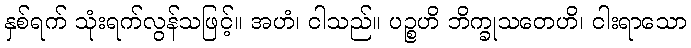
နှစ်ရက် သုံးရက်လွန်သဖြင့်။ အဟံ၊ ငါသည်။ ပဉ္စဟိ ဘိက္ခုသတေဟိ၊ ငါးရာသော